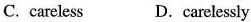
C. careless D.carelessly